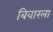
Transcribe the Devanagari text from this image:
बिवारला